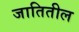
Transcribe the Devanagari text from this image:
जातितील